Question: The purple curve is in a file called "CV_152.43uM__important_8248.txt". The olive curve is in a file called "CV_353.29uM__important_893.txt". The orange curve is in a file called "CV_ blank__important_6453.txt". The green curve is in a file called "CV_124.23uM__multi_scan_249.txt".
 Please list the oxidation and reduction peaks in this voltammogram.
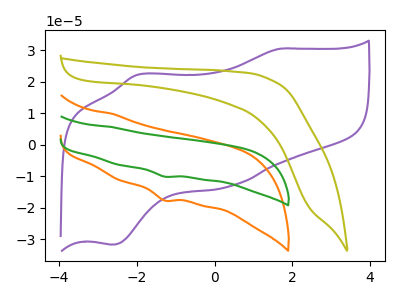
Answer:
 <answer>The purple curve "152.43uM" has anodic peaks at (1.70V, 30.55uA) (-2.00V, 22.25uA) and cathodic peaks at (0.35V, -13.30uA) (-2.65V, -31.75uA). The olive curve "353.29uM" has no peaks. The orange curve " blank" has a cathodic peak at: (-1.30V, -17.75uA). The green curve "124.23uM" has a cathodic peak at: (-1.30V, -10.15uA).</answer>
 <eval></eval>